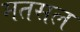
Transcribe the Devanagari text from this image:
मतसल